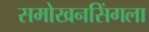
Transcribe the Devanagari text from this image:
समोखनसिंगला